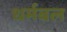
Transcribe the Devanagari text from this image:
धर्मबल